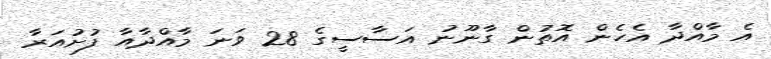
އެ މާއްދާ އެހެން އޮތުން ގާނޫނު އަސާސީގެ 28 ވަނަ މާއްދާއާ ފުށުއަރާ